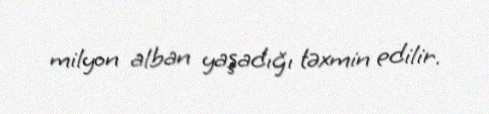
milyon alban yaşadığı təxmin edilir.